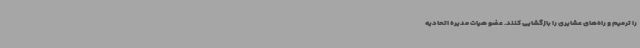
را ترمیم و راه‌های عشایری را بازگشایی کنند. عضو هیات مدیره اتحادیه